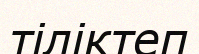
тіліктеп